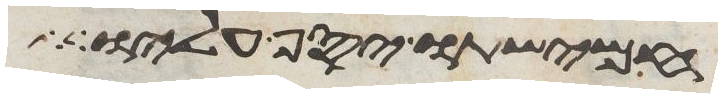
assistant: חמישתו יסף עליו